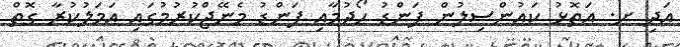
އަދި ށ. އަތޮޅު ކައުންސިލުން ފަންޑު ހޯދުމާއި ފަންޑު މެނޭޖްކުރުމުގައި އަމަލުކުރާ ގޮތް